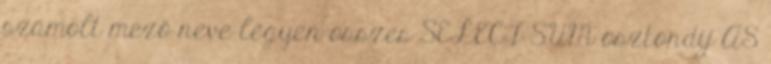
számolt mező neve legyen osszes SELECT SUM osztondij AS